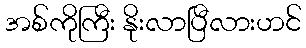
အစ်ကိုကြီး နိုးလာပြီလားဟင်